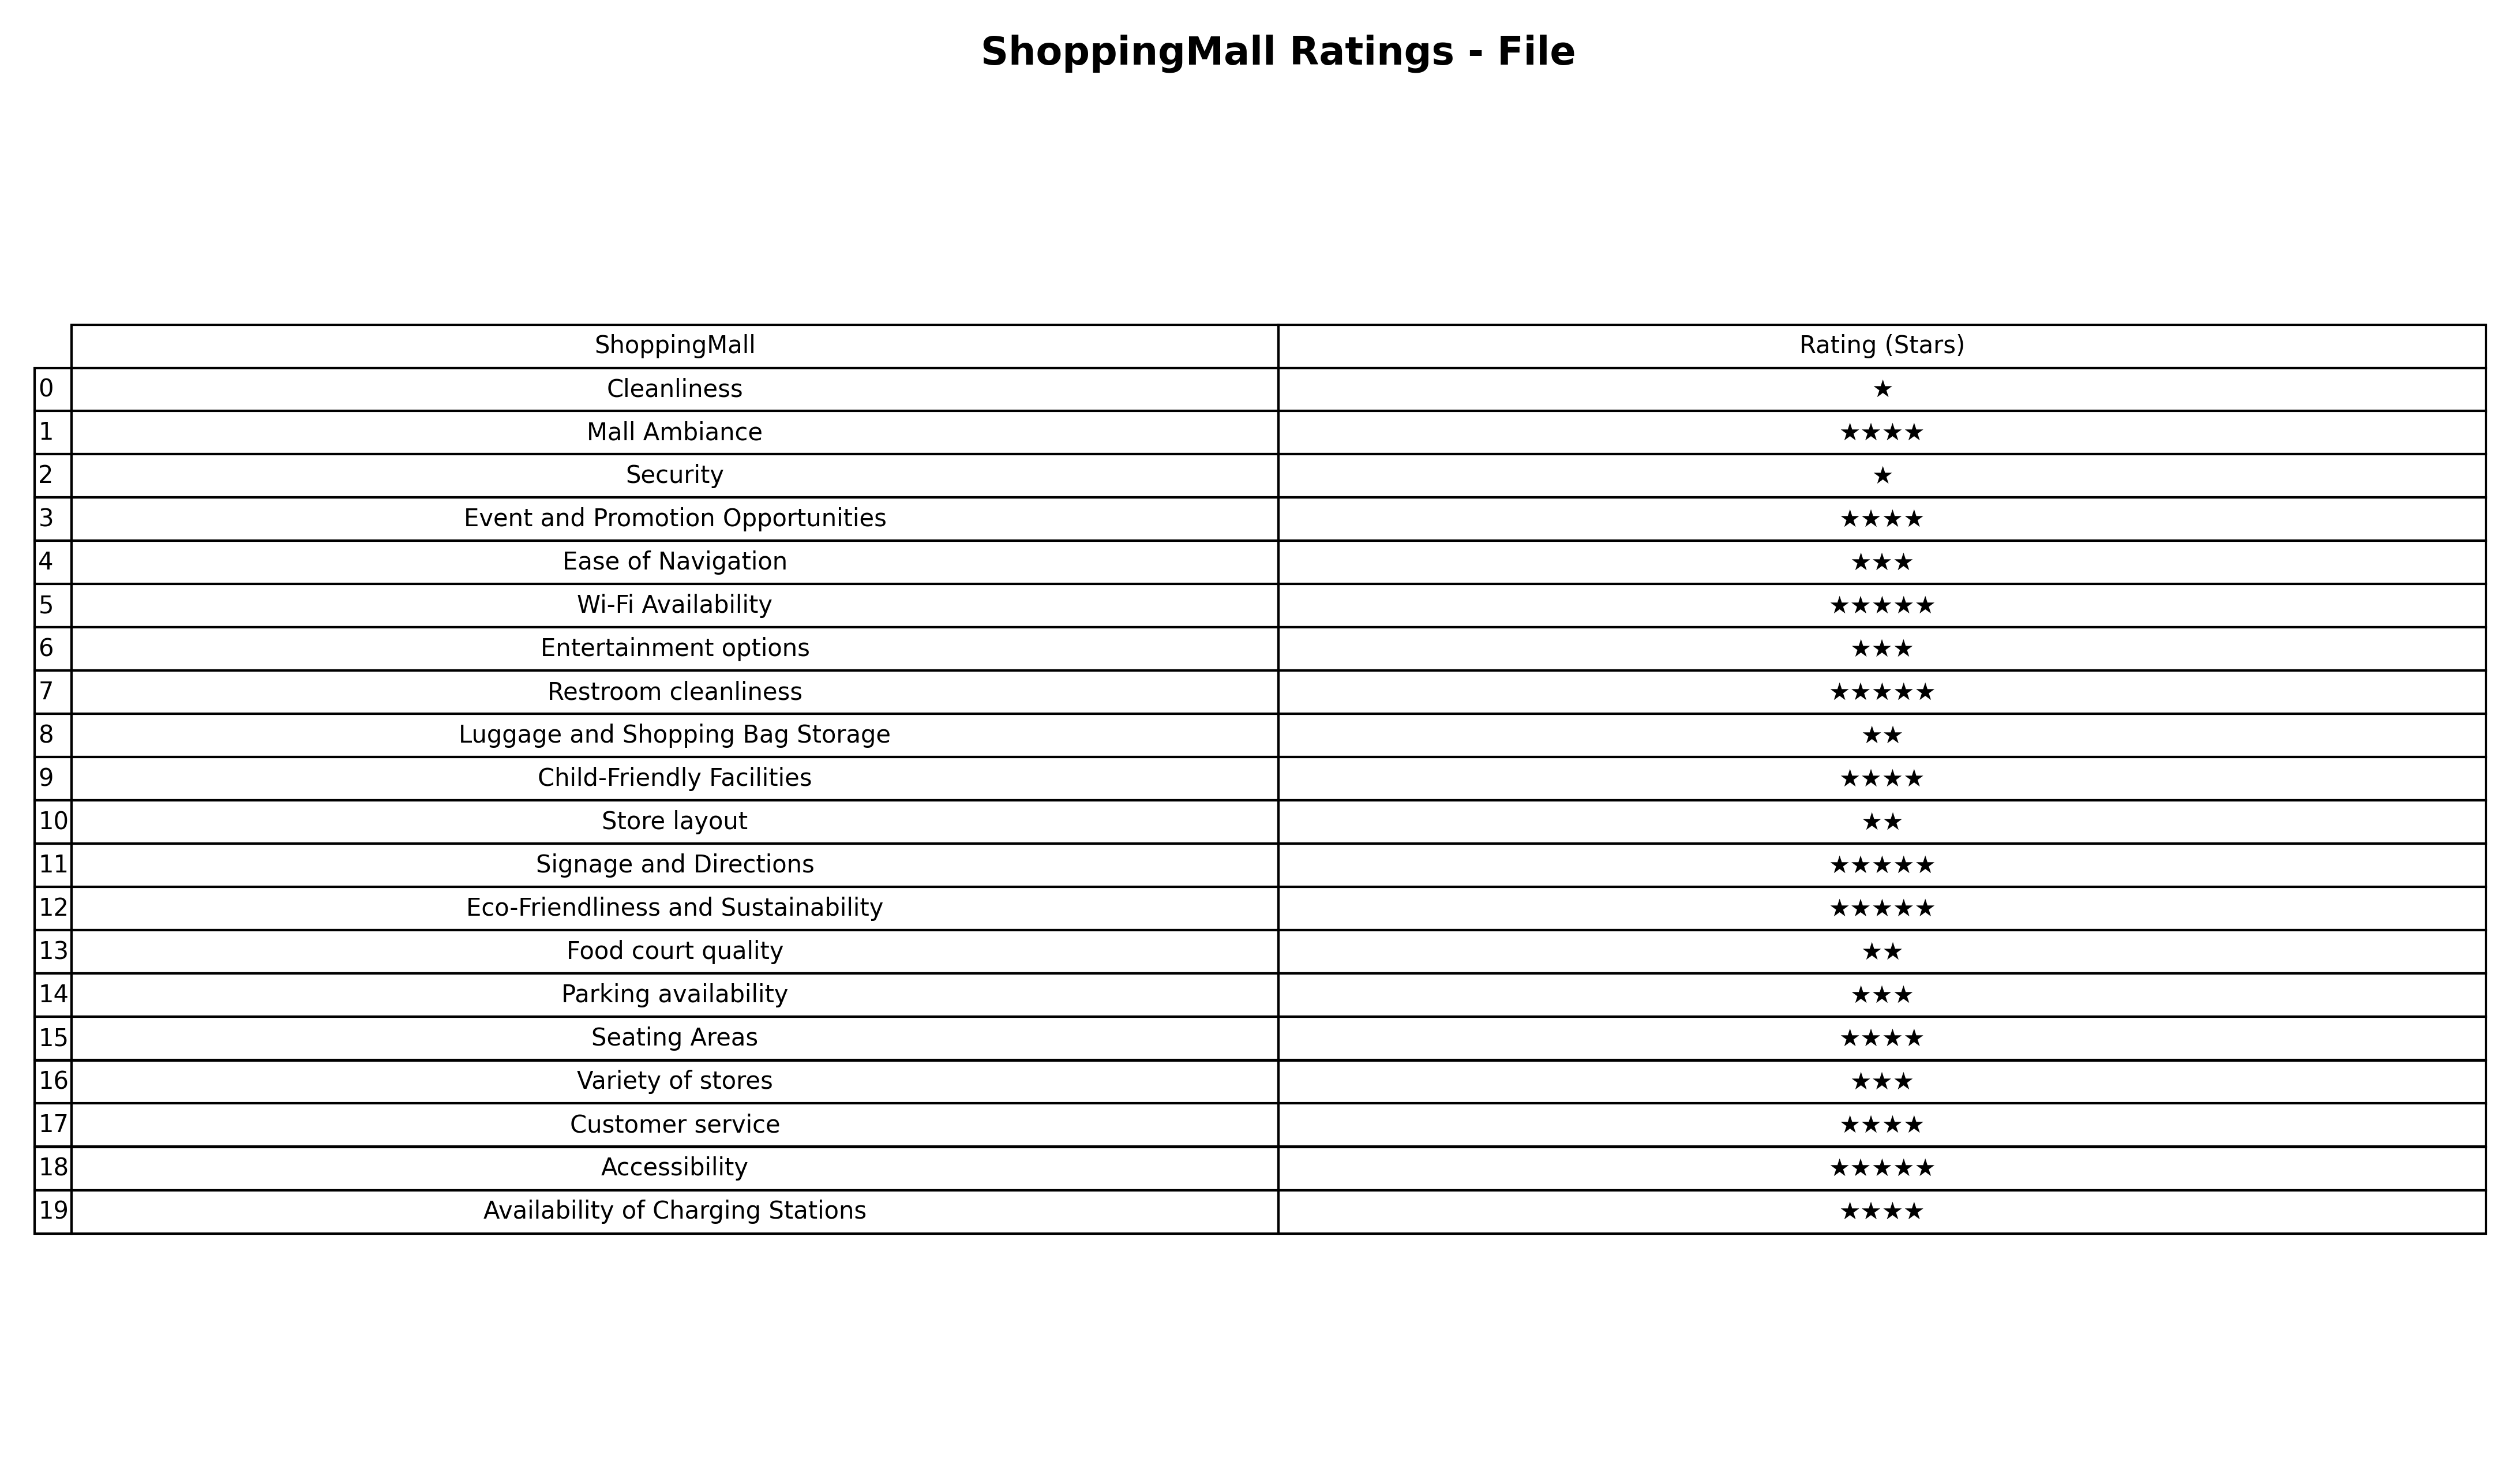
question: What are three star services?
answer: Ease of NavigationEntertainment optionsParking availabilityVariety of stores